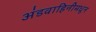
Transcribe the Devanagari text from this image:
अंडवाहिनीमधून